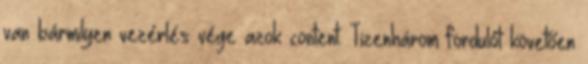
van bármilyen vezérlés vége azok content. Tizenhárom fordulót követően